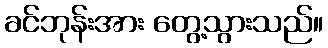
ခင်ဘုန်းအား တွေ့သွားသည်။